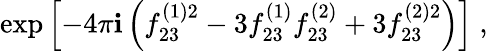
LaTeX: \exp\left[-4\pi\mathbf{i}\left(f_{23}^{(1)2}-3f_{23}^{(1)}f_{23}^{(2)}+3f_{23}^{(2)2}\right)\right]\; ,